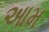
આમ